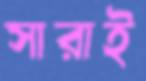
সারাই